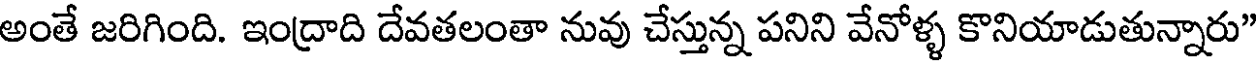
అంతే జరిగింది. ఇంద్రాది దేవతలంతా నువు చేస్తున్న పనిని వేనోళ్ళ కొనియాడుతున్నారు"